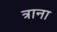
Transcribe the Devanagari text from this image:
त्राना